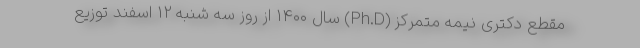
مقطع دکتری نیمه متمرکز (Ph.D) سال ۱۴۰۰ از روز سه شنبه ۱۲ اسفند توزیع